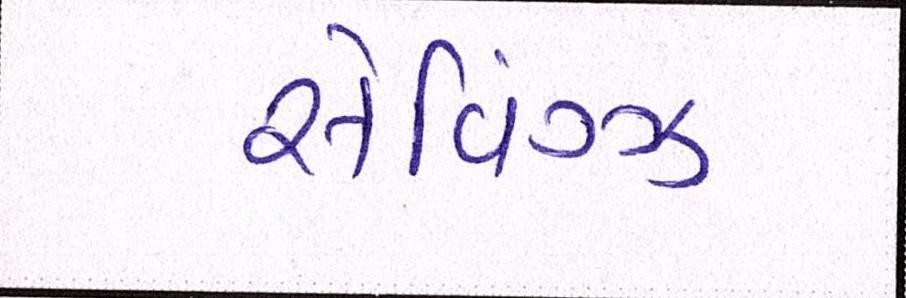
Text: સેવિંગ્ઝ